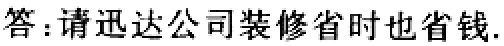
答：请迅达公司装修省时也省钱.